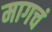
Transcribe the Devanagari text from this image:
मागचं